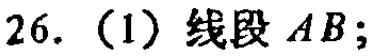
26.（1）线段 \(AB\)；